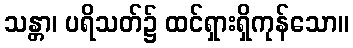
သန္တာ၊ ပရိသတ်၌ ထင်ရှားရှိကုန်သော။